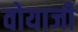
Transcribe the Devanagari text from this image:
वोयाजी